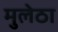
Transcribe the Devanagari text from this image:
मुलेठा